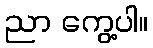
ညာ ကွေ့ပါ။